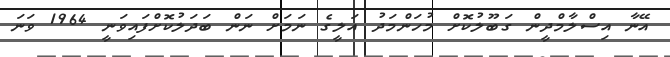
އޭނާ އިސްލާމްދީން ގަބޫލުކޮށް މުހަންމަދު އަލީގެ ނަމަށް ނަން ބަދަލުކޮށްފައިވަނީ 1964 ވަނަ